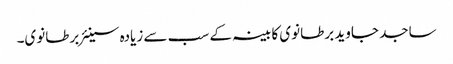
ساجد جاوید برطانوی کابینہ کے سب سے زیادہ سینئر برطانوی۔